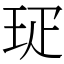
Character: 㺼